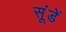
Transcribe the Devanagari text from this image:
सूंडें